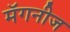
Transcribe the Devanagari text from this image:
मॅगनीज